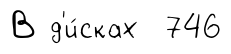
В д'и́сках 746